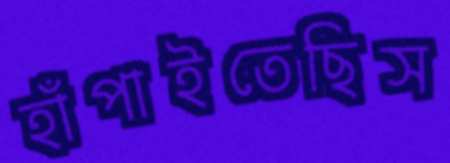
হাঁপাইতেছিস